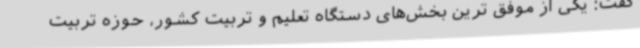
گفت: یکی از موفق ترین بخش‌های دستگاه تعلیم و تربیت کشور، حوزه تربیت